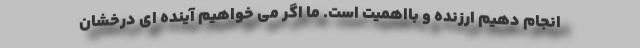
انجام دهیم ارزنده و بااهمیت است. ما اگر می خواهیم آینده ای درخشان